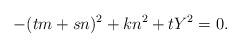
LaTeX: \begin{align*} -(tm + sn)^2 + k n^2 + t Y^2 = 0. \end{align*}